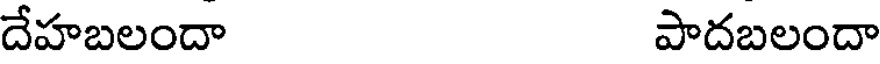
దేహబలందా పాదబలందా